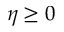
\eta \geq 0